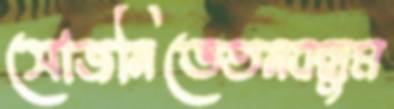
সোজনিভেতনবন্ধুম